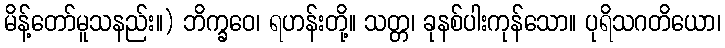
မိန့်တော်မူသနည်း။) ဘိက္ခဝေ၊ ရဟန်းတို့။ သတ္တ၊ ခုနစ်ပါးကုန်သော။ ပုရိသဂတိယော၊